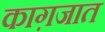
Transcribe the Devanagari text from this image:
काग़जात